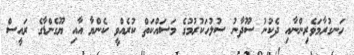
ހަނގުރާމަވެރިންނާއި ދެކުނު ސޫދާނު ސުލުހަކުރުމުގެ މަސައްކަތް ކުރެއްވީ ކެންޔާ އާއި ޔޫގެންޑާގެ ރައީސް